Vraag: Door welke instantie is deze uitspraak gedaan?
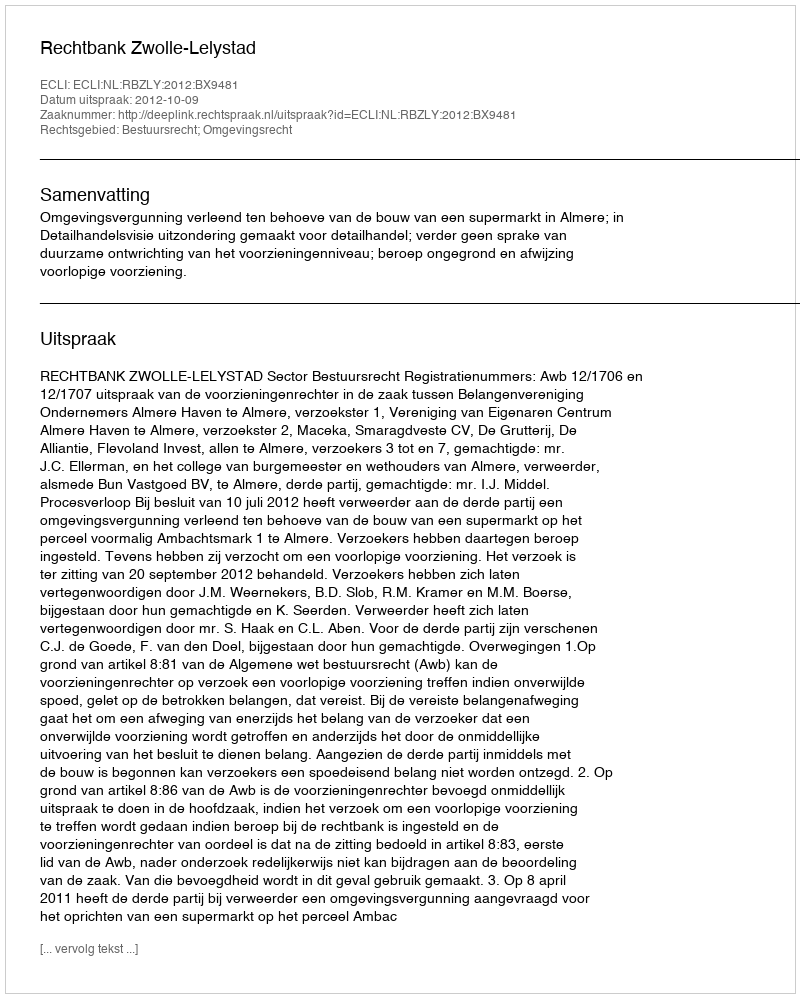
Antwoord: Rechtbank Zwolle-Lelystad